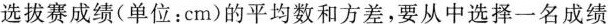
选拔赛成绩(单位：cm)的平均数和方差，要从中选择一名成绩